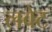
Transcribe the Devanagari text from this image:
लवेट